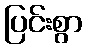
ပြင်းစွာ